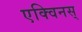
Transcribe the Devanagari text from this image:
एक्विनस्